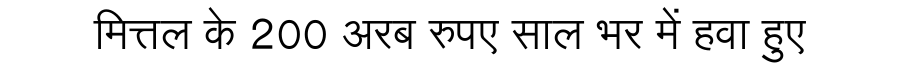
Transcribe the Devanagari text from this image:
मित्तल के 200 अरब रुपए साल भर में हवा हुए